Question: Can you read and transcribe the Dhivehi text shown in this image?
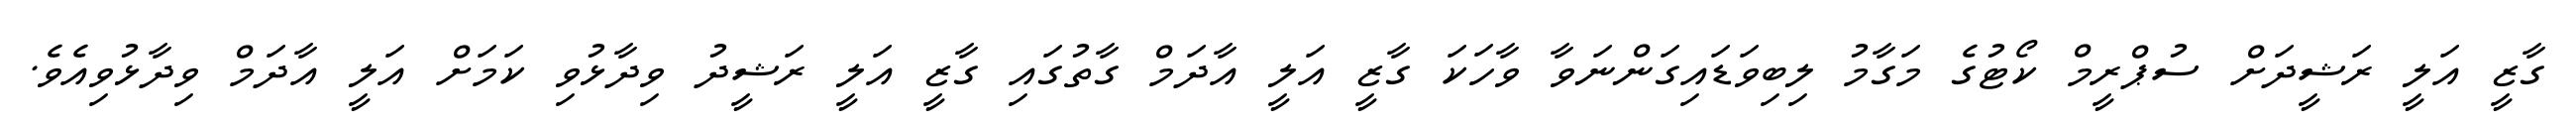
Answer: ގާޒީ އަލީ ރަޝީދަށް ސުޕްރީމް ކޯޓުގެ މަގާމު ލިބިވަޑައިގަންނަވާ ވާހަކަ ގާޒީ އަލީ އާދަމް ގާތުގައި ގާޒީ އަލީ ރަޝީދު ވިދާޅުވި ކަމަށް އަލީ އާދަމް ވިދާޅުވިއެވެ.